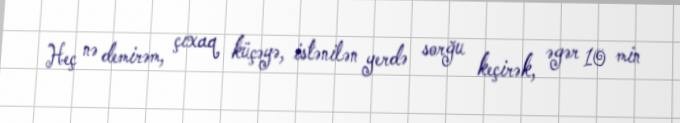
Heç nə demirəm, çıxaq küçəyə, istənilən yerdə sorğu keçirək, əgər 10 min